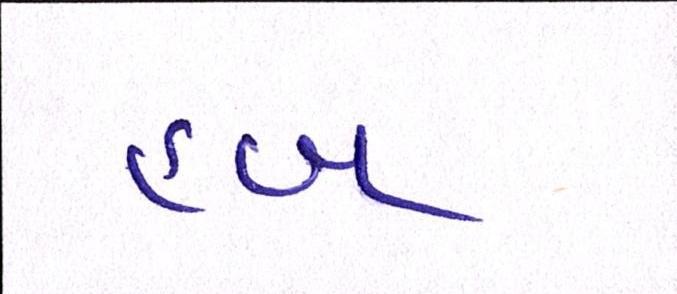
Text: હબ